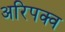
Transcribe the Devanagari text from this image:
अरिपक्व